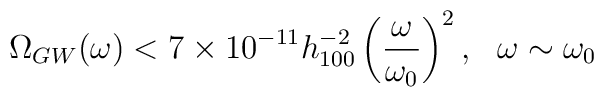
\Omega_{GW}(\omega)< 7\times 10^{-11} h_{100}^{-2} \left(\frac{\omega}{\omega_{0}}\right)^2,~~\omega\sim \omega_{0}